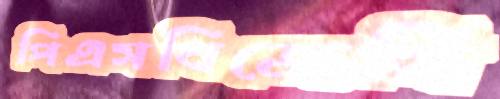
পিএসবিজেসি